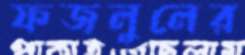
ফজলুলের